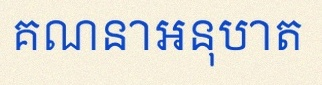
គណនាអនុបាត